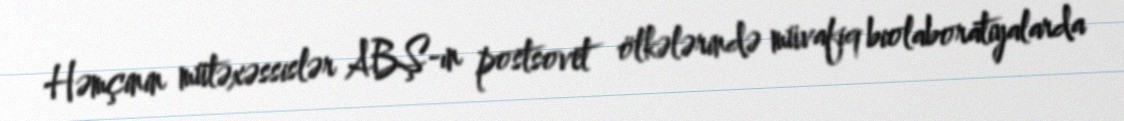
Həmçinin mütəxəssislər ABŞ-ın postsovet ölkələrində müvafiq biolaboratiyalarda